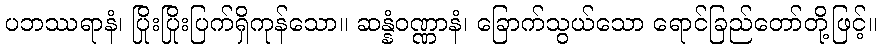
ပဘဿရာနံ၊ ပြိုးပြိုးပြက်ရှိကုန်သော။ ဆန္နံဝဏ္ဏာနံ၊ ခြောက်သွယ်သော ရောင်ခြည်တော်တို့ဖြင့်။